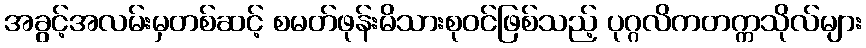
အခွင့်အလမ်းမှတစ်ဆင့် စမတ်ဖုန်းမိသားစုဝင်ဖြစ်သည့် ပုဂ္ဂလိကတက္ကသိုလ်များ